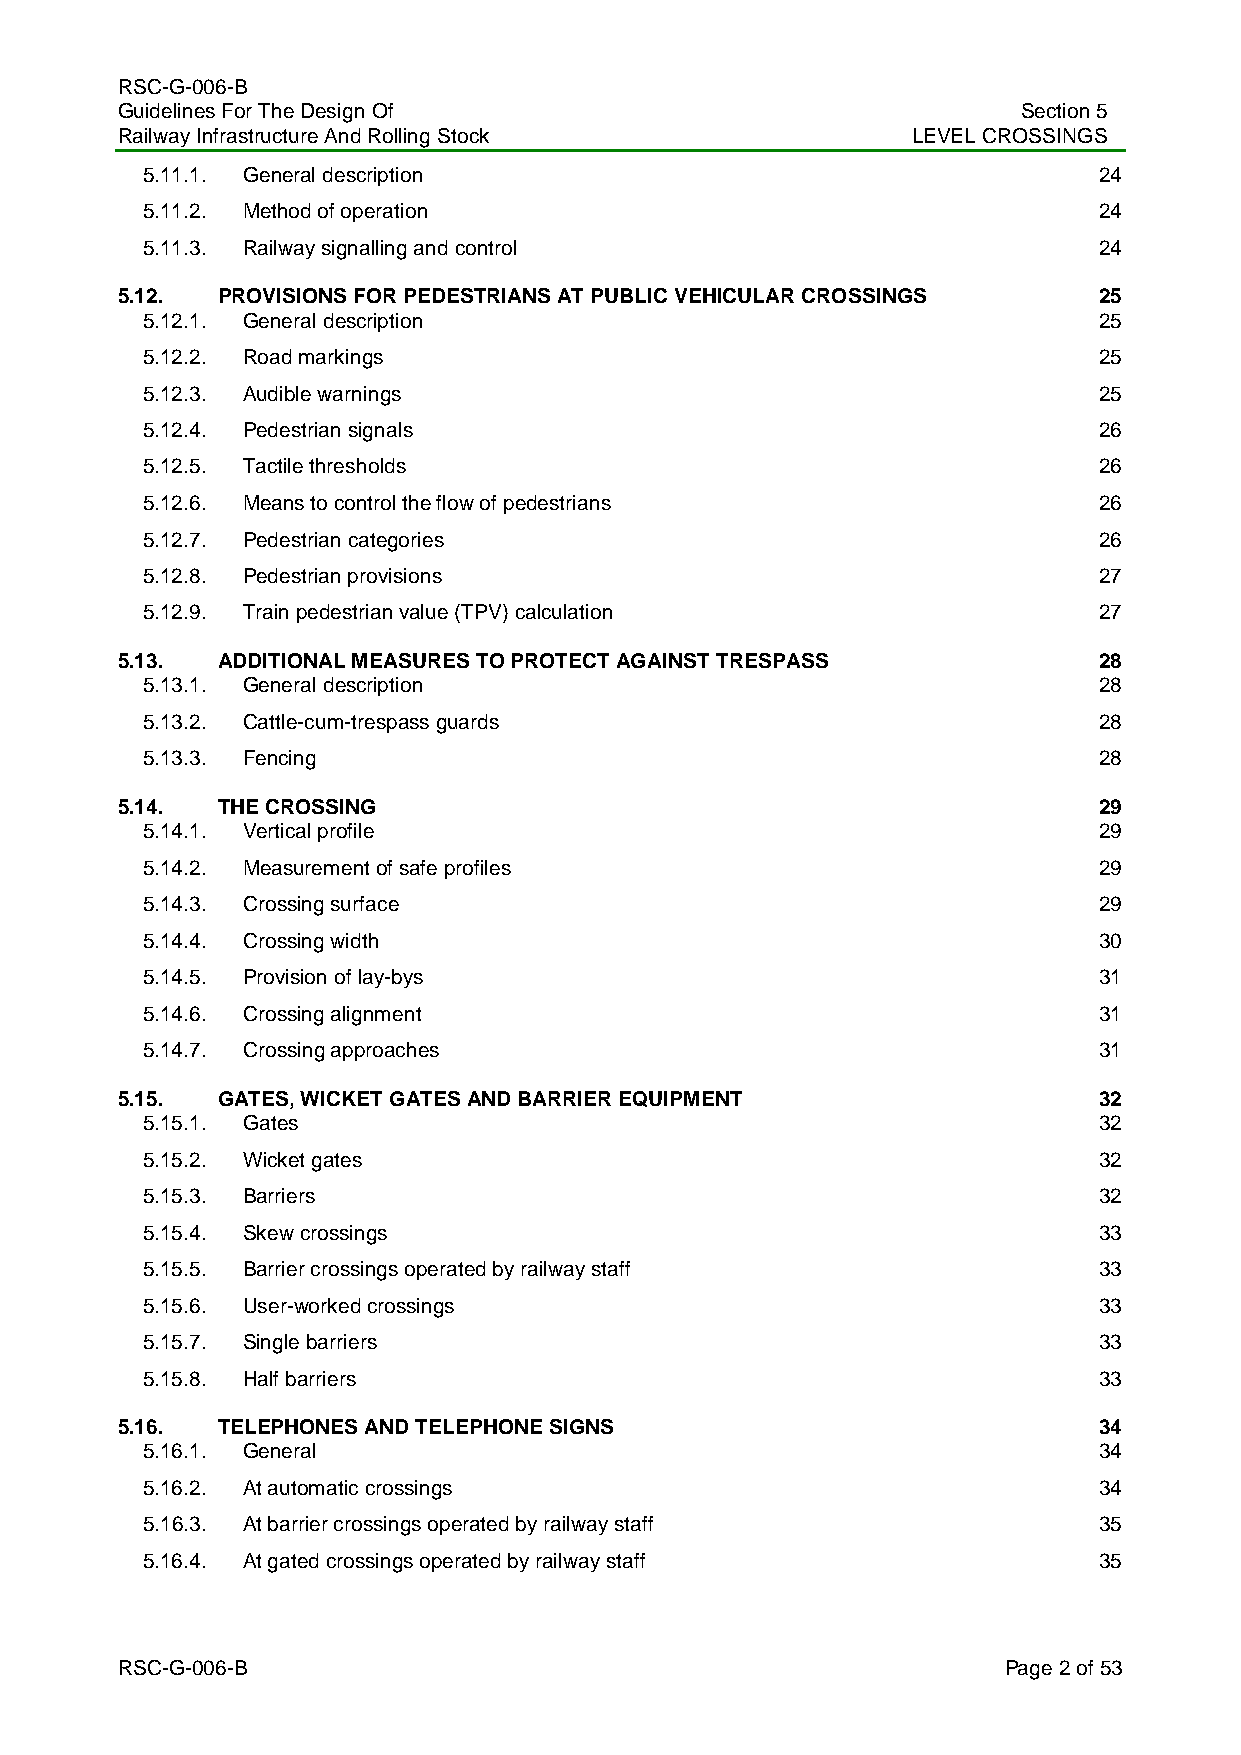
RSC-G-006-B
 Guidelines For The Design Of                                Section 5
 Railway Infrastructure And Rolling Stock            LEVEL CROSSINGS
 5.11.1. General description                                     24
 5.11.2. Method of operation                                     24
 5.11.3. Railway signalling and control                          24
 5.12. PROVISIONS FOR PEDESTRIANS AT PUBLIC VEHICULAR CROSSINGS   25
 5.12.1. General description                                     25
 5.12.2. Road markings                                           25
 5.12.3. Audible warnings                                        25
 5.12.4. Pedestrian signals                                      26
 5.12.5. Tactile thresholds                                      26
 5.12.6. Means to control the flow of pedestrians                26
 5.12.7. Pedestrian categories                                   26
 5.12.8. Pedestrian provisions                                   27
 5.12.9. Train pedestrian value (TPV) calculation                27
 5.13. ADDITIONAL MEASURES TO PROTECT AGAINST TRESPASS            28
 5.13.1. General description                                     28
 5.13.2. Cattle-cum-trespass guards                              28
 5.13.3. Fencing                                                 28
 5.14. THE CROSSING                                               29
 5.14.1. Vertical profile                                        29
 5.14.2. Measurement of safe profiles                            29
 5.14.3. Crossing surface                                        29
 5.14.4. Crossing width                                          30
 5.14.5. Provision of lay-bys                                    31
 5.14.6. Crossing alignment                                      31
 5.14.7. Crossing approaches                                     31
 5.15. GATES, WICKET GATES AND BARRIER EQUIPMENT                  32
 5.15.1. Gates                                                   32
 5.15.2. Wicket gates                                            32
 5.15.3. Barriers                                                32
 5.15.4. Skew crossings                                          33
 5.15.5. Barrier crossings operated by railway staff             33
 5.15.6. User-worked crossings                                   33
 5.15.7. Single barriers                                         33
 5.15.8. Half barriers                                           33
 5.16. TELEPHONES AND TELEPHONE SIGNS                             34
 5.16.1. General                                                 34
 5.16.2. At automatic crossings                                  34
 5.16.3. At barrier crossings operated by railway staff          35
 5.16.4. At gated crossings operated by railway staff            35
 RSC-G-006-B                                               Page 2 of 53